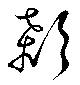
顙